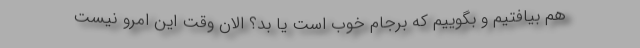
هم بیافتیم و بگوییم که برجام خوب است یا بد؟ الان وقت این امرو نیست